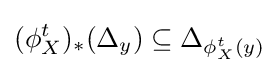
(\phi _{X}^{t})_{*}(\Delta _{y})\subseteq \Delta _{\phi _{X}^{t}(y)}